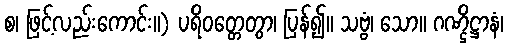
စ၊ ဖြင့်လည်းကောင်း။) ပရိဝတ္တေတွာ၊ ပြန်၍။ သဗ္ဗံ၊ သော။ ဂဏ္ဌိဋ္ဌာနံ၊